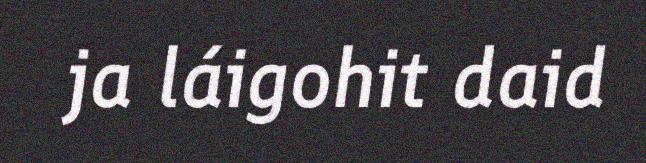
ja láigohit daid